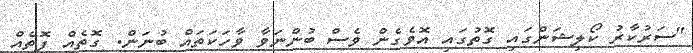
"ސަރުކާރު ކޯލިޝަންގައި ގޮތުގައި އޮވެގެން ވެސް ބުންނަވާ ވާހަކަތައް ބުނަން. ގޮތެއް ފޮތެއް